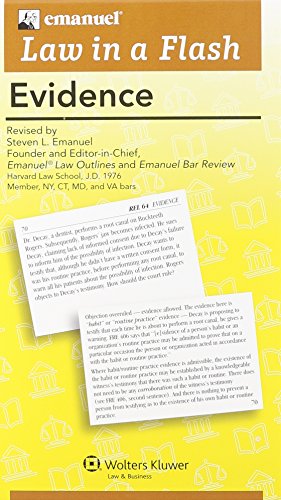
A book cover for Law in A Flash: Evidence; Steven L. Emanuel; Law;